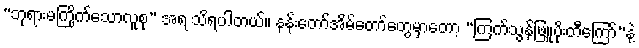
“ဘုရားမကြိုက်သောလူစု” အရ သိရပါတယ်။ နန်းတော်အိမ်တော်တွေမှာတော့ “ကြက်သွန်ဖြူပိုးတီကြော်”နဲ့